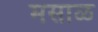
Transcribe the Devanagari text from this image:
मसाळ